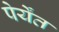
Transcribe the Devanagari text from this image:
पेर्येंत